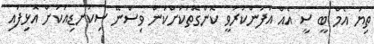
ތިޔަ އެމް ބީ ސީ އެއް އުފަންކުރުވީ ކޮންގޮތަކަށްކަން ވިސްނޭ ސިކުނޑިއަކަށް އޮޅިފައި